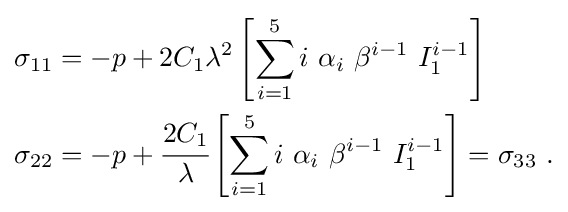
{\begin{aligned}\sigma _{11}&=-p+2C_{1}\lambda ^{2}\left[\sum _{i=1}^{5}i~\alpha _{i}~\beta ^{i-1}~I_{1}^{i-1}\right]\\\sigma _{22}&=-p+{\cfrac {2C_{1}}{\lambda }}\left[\sum _{i=1}^{5}i~\alpha _{i}~\beta ^{i-1}~I_{1}^{i-1}\right]=\sigma _{33}~.\end{aligned}}